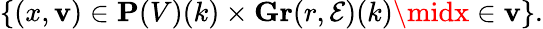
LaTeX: \{ (x,\mathbf{v})\in\mathbf{{P}}(V)(k)\times\mathbf{{Gr}}(r,{\mathcal{{E}}})(k)\midx\in\mathbf{v}\} .